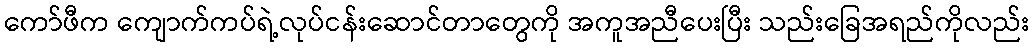
ကော်ဖီက ကျောက်ကပ်ရဲ့လုပ်ငန်းဆောင်တာတွေကို အကူအညီပေးပြီး သည်းခြေအရည်ကိုလည်း